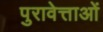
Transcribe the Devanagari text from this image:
पुरावेत्ताओं